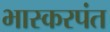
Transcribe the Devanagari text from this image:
भास्करपंत